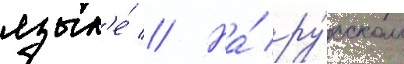
язык'е́ // На́ ру́сском